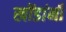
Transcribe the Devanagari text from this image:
खोंडांनी